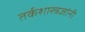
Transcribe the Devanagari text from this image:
तर्कशास्त्रज्ञांनी